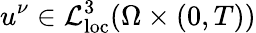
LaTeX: u^{\nu}\in\mathcal{L}_{\mathrm{{loc}}}^{3}(\Omega\times(0,T))